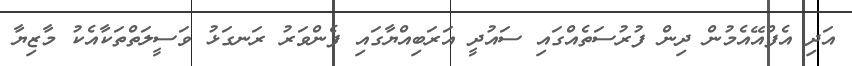
އަދި އެފްއޭއެމުން ދިން ފުރުސަތެއްގައި ސައުދީ އަރަބިއްޔާގައި ފެންވަރު ރަނގަޅު ވަސީލަތްތަކާއެކު މާޒިޔާ